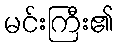
မင်းကြီး၏